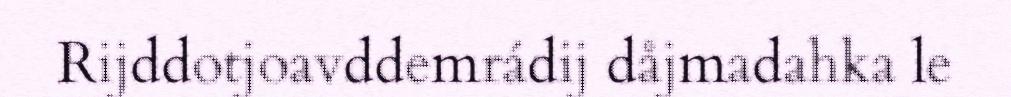
Rijddotjoavddemrádij dåjmadahka le